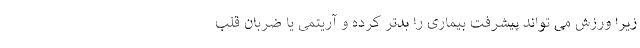
زیرا ورزش می تواند پیشرفت بیماری را بدتر کرده و آریتمی یا ضربان قلب